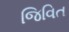
જિવિત